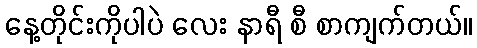
နေ့တိုင်းကိုပါပဲ လေး နာရီ စီ စာကျက်တယ်။